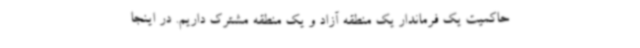
حاکمیت یک فرماندار یک منطقه آزاد و یک منطقه مشترک داریم. در اینجا